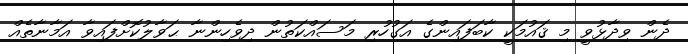
ދެން ވިދާޅުވީ މި ޤައުމަކީ ކާބަފައިންގެ އަގުހުރި މަސައްކަތުން ދިވެހިންނާ ޙަވާލުކޮށްފައިވާ އަމާނާތެއް